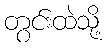
တွင်းထဲသို့